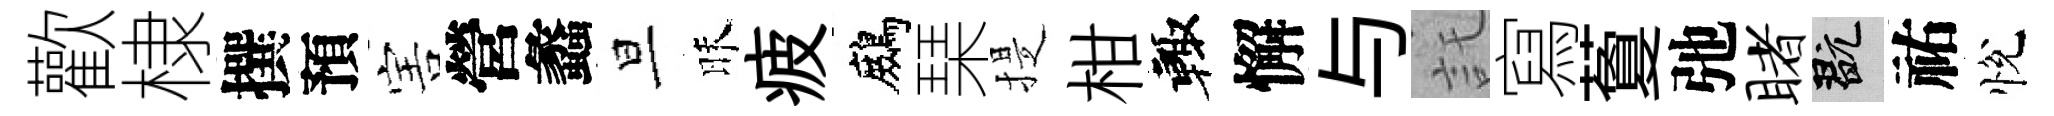
歡棣撰預害營蠡旦昧疲鷓琹提柑輙懈与託寫藑弛睹玩祐悅